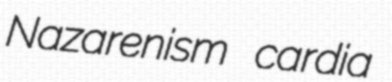
Nazarenism cardia